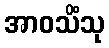
အာဝသိံသု